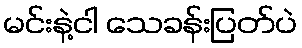
မင်းနဲ့ငါ သေခန်းပြတ်ပဲ